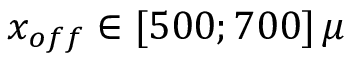
x _ { o f f } \in [ 5 0 0 ; 7 0 0 ] \, \mu